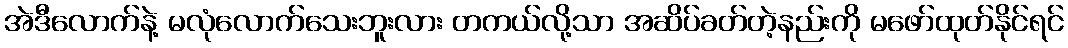
အဲဒီလောက်နဲ့ မလုံလောက်သေးဘူးလား တကယ်လို့သာ အဆိပ်ခတ်တဲ့နည်းကို မဖော်ထုတ်နိုင်ရင်